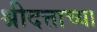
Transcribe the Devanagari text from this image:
श्रीदत्ताच्या